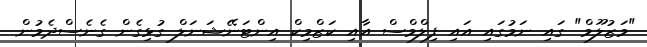
"މަޒުލޫމް" ގައި ނަމުގައި އައި ފިލްމްސް އާއި ކަޒްމިކް އިންޓަނޭޝަނަލް ގުޅިގެން ގެނެސްދެމުން